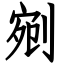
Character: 剜